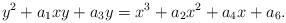
LaTeX: \begin{align*}y^2+a_{1}xy+a_{3}y=x^3+a_{2}x^2+a_{4}x+a_{6}.\end{align*}